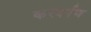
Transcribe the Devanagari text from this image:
करदर्पण